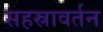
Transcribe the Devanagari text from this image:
सहस्रावर्तन